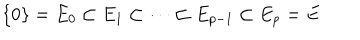
LaTeX: \{ 0 \} = E _ { 0 } \subset E _ { 1 } \subset \cdots \subset E _ { p - 1 } \subset E _ { p } = E